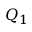
Q _ { 1 }